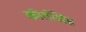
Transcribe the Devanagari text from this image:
कीर्तसिंह